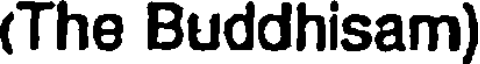
(The Buddhisam)